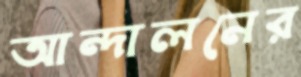
আন্দালনের